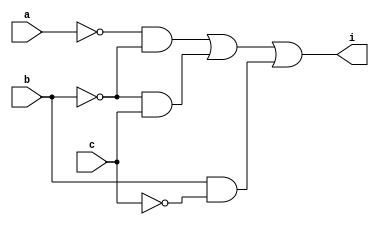
module part1minterm(
    input a,b,c,
    output i
);
    // reference: !A!B + !BC + B!C
    wire notA,notB,notC,BnotC,notBC,notAnotB;

    not(notA,a);
    not(notB,b);
    not(notC,c);

    and(BnotC,b,notC);
    and(notBC,notB,c);
    and(notAnotB,notA,notB);

    or(i,notAnotB,notBC,BnotC);
endmodule

module part1Maxterm(
    input a,b,c,
    output i
);
    // reference: (!A+B+C)(!B+!C)
    wire notA,notB,notC,notABC,notBnotC;

    not(notA,a);
    not(notB,b);
    not(notC,c);

    or(notABC,notA,b,c);
    or(notBnotC,notB,notC);

    and(i,notABC,notBnotC);
endmodule

module part5Minterm(
    input a,b,c,d,
    output i
);
    // reference: !A!C!B+!ADB+!AD!C+A!BCD+AB!C
    wire notA,notB,notC,
        notAnotCnotB,notADB,
        notADnotC,notABCD,ABnotC;

    not(notA,a);
    not(notB,b);
    not(notC,c);

    and(notAnotCnotB,notA,notC,notB);
    and(notADB,notA,d,b);
    and(notADnotC,notA,d,notC);
    and(AnotBCD,a,notB,c,d);
    and(ABnotC,a,b,notC);

    or(i,notAnotCnotB,notADB,notADnotC,AnotBCD,ABnotC);
endmodule

module part5Maxterm(
    input a,b,c,d,
    output i
);
    // reference: (!A+!B+!C)(!A+B+C)(A+!B+D)(A+B+!C)(!C+D)
    wire notA,notB,notC,
        notAnotBnotC,notABC,AnotBD,
        ABnotC,notCD;

    not(notA,a);
    not(notB,b);
    not(notC,c);

    or(notAnotBnotC,notA,notB,notC);
    or(notABC,notA,b,c);
    or(AnotBD,a,notB,d);
    or(ABnotC,a,b,notC);
    or(notCD,notC,d);

    and(i,notAnotBnotC,notABC,AnotBD,ABnotC,notCD);
endmodule

module Lab3TestBench;
    reg a,b,c,d;
    wire oneMinterm,oneMaxterm,fiveMinterm,fiveMaxterm;

    part1minterm P1Min(a,b,c,oneMinterm);
    part1Maxterm P1Max(a,b,c,oneMaxterm);
    part5Minterm P5Min(a,b,c,d,fiveMinterm);
    part5Maxterm P5Max(a,b,c,d,fiveMaxterm);

    initial
        begin
            $dumpfile("Lab3CPE314.vcd");
	        $dumpvars(-1, P1Min,P1Max,P5Min,P5Max);
	        $monitor("%b",  oneMinterm,oneMaxterm,fiveMinterm,fiveMaxterm);
        end
    initial begin
        #1 a=0;b=0;c=0;
        $display("part1 minterm: !A!B + !BC + B!C");
        $monitor("a=%b, b=%b, c=%b : i=%b",a,b,c,oneMinterm);
        #1 a=0;b=0;c=1;
        #1 a=0;b=1;c=0;
        #1 a=0;b=1;c=1;
        #1 a=1;b=0;c=0;
        #1 a=1;b=0;c=1;
        #1 a=1;b=1;c=0;
        #1 a=1;b=1;c=1;

        #1 a=0;b=0;c=0;
        $display("\npart1 maxterm: (!A+B+C)(!B+!C)");
        $monitor("a=%b, b=%b, c=%b : i1=%b",a,b,c,oneMaxterm);
        #1 a=0;b=0;c=1;
        #1 a=0;b=1;c=0;
        #1 a=0;b=1;c=1;
        #1 a=1;b=0;c=0;
        #1 a=1;b=0;c=1;
        #1 a=1;b=1;c=0;
        #1 a=1;b=1;c=1;

        #1 a=0;b=0;c=0;d=0;
        $display("\npart5 minterm: !A!C!B+!ADB+!AD!C+A!BCD+AB!C");
        $monitor("a=%b, b=%b, c=%b, d=%b : i1=%b",a,b,c,d,fiveMinterm);
        #1 a=0;b=0;c=0;d=1;
        #1 a=0;b=0;c=1;d=0;
        #1 a=0;b=0;c=1;d=1;
        #1 a=0;b=1;c=0;d=0;
        #1 a=0;b=1;c=0;d=1;
        #1 a=0;b=1;c=1;d=0;
        #1 a=0;b=1;c=1;d=1;
        #1 a=1;b=0;c=0;d=0;
        #1 a=1;b=0;c=0;d=1;
        #1 a=1;b=0;c=1;d=0;
        #1 a=1;b=0;c=1;d=1;
        #1 a=1;b=1;c=0;d=0;
        #1 a=1;b=1;c=0;d=1;
        #1 a=1;b=1;c=1;d=0;
        #1 a=1;b=1;c=1;d=1;

        #1 a=0;b=0;c=0;d=0;
        $display("\npart5 maxterm: (!A+!B+!C)(!A+B+C)(A+!B+D)(A+B+!C)(!C+D)");
        $monitor("a=%b, b=%b, c=%b, d=%b : i1=%b",a,b,c,d,fiveMaxterm);
        #1 a=0;b=0;c=0;d=1;
        #1 a=0;b=0;c=1;d=0;
        #1 a=0;b=0;c=1;d=1;
        #1 a=0;b=1;c=0;d=0;
        #1 a=0;b=1;c=0;d=1;
        #1 a=0;b=1;c=1;d=0;
        #1 a=0;b=1;c=1;d=1;
        #1 a=1;b=0;c=0;d=0;
        #1 a=1;b=0;c=0;d=1;
        #1 a=1;b=0;c=1;d=0;
        #1 a=1;b=0;c=1;d=1;
        #1 a=1;b=1;c=0;d=0;
        #1 a=1;b=1;c=0;d=1;
        #1 a=1;b=1;c=1;d=0;
        #1 a=1;b=1;c=1;d=1;
    end
endmodule